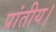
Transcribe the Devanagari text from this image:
प्रांतीय।